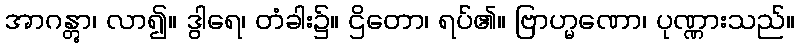
အာဂန္တွာ၊ လာ၍။ ဒွါရေ၊ တံခါး၌။ ဌိတော၊ ရပ်၏။ ဗြာဟ္မဏော၊ ပုဏ္ဏားသည်။